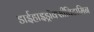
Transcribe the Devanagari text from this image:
डाईहाइड्रॉक्सीविटामिन